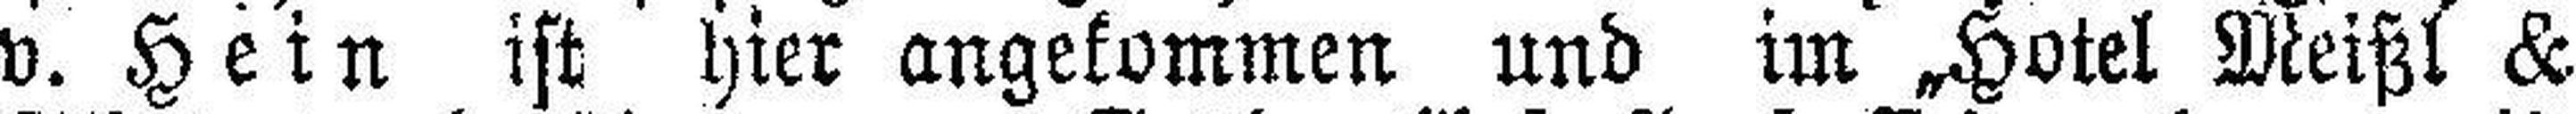
v. Hein ist hier angekommen und im „Hotel Meißl &